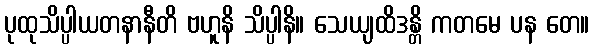
ပုထုသိပ္ပါယတနာနီတိ ဗဟူနိ သိပ္ပါနိ။ သေယျထိဒန္တိ ကတမေ ပန တေ။